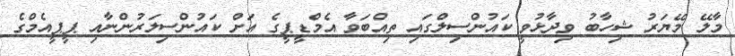
މާލޭ މޭޔަރު ޝިހާބު ވިދާޅުވީ ކައުންސިލްގައި ތިއްބަވާ އެމްޑީޕީގެ އަށް ކައުންސިލަރުންނާއި ޕީޕީއެމްގެ